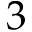
3